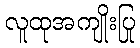
လူထုအကျိုးပြု